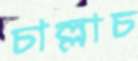
চাল্লাচ